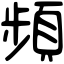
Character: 頻